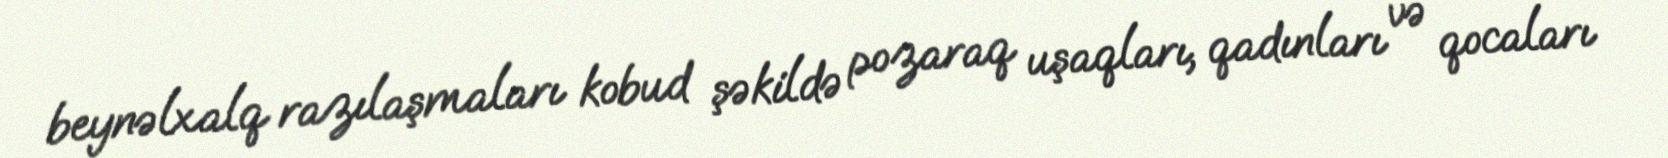
beynəlxalq razılaşmaları kobud şəkildə pozaraq uşaqları, qadınları və qocaları